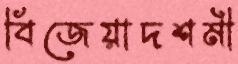
বিজেয়াদশমী